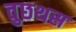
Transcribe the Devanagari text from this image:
वुछथस